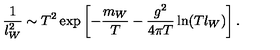
\frac { 1 } { l _ { W } ^ { 2 } } \sim T ^ { 2 } \exp \left[ - \frac { m _ { W } } T - \frac { g ^ { 2 } } { 4 \pi T } \ln ( T l _ { W } ) \right] .